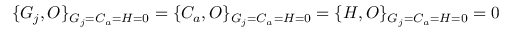
\{ G _ { j } , O \} _ { G _ { j } = C _ { a } = H = 0 } = \{ C _ { a } , O \} _ { G _ { j } = C _ { a } = H = 0 } = \{ H , O \} _ { G _ { j } = C _ { a } = H = 0 } = 0